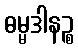
ဓမ္မဒါနဉ္စ